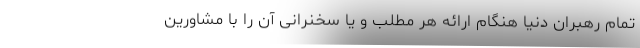
تمام رهبران دنیا هنگام ارائه هر مطلب و یا سخنرانی آن را با مشاورین